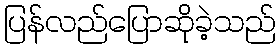
ပြန်လည်ပြောဆိုခဲ့သည်